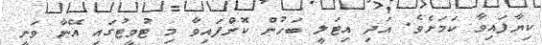
ކިޔާފައިވާ ކަމަށެވެ. އަދި އިޓަލީ ބަހުން ކޮށްފައިވާ މި ޓުވީޓުގައި އޭނާ ވަނީ